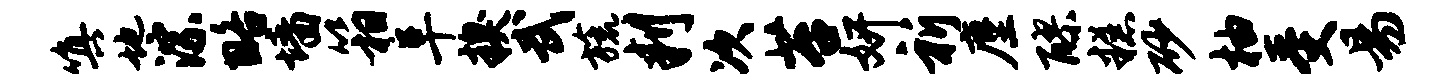
嗔地淙略墙箱阜糗武旒判次苔妍祈麈醪糕砂柚受易